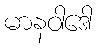
မာနဝါဒေါ